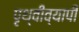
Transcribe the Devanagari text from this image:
पृथ्वीव्यापी